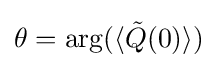
\theta =\arg(\langle {\tilde {Q}}(0)\rangle )